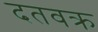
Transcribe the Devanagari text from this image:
दतवक्र